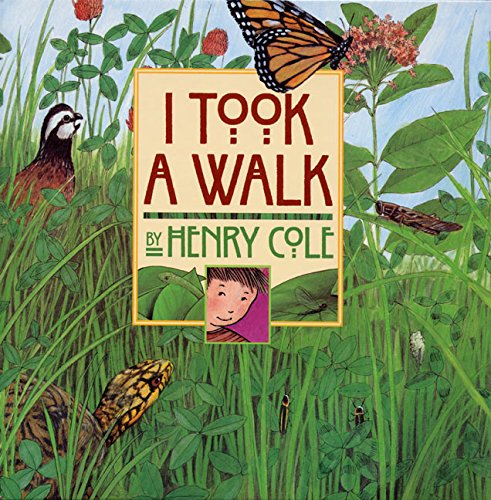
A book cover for I Took a Walk; Henry Cole; Children's Books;